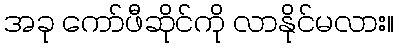
အခု ကော်ဖီဆိုင်ကို လာနိုင်မလား။